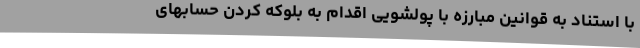
با استناد به قوانین مبارزه با پولشویی اقدام به بلوکه کردن حسابهای